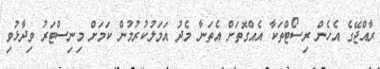
ރާއްޖޭގެ އެހެން ރިސޯޓްތަކާ އެއްގޮތަށް އެތަނާ މެދު އަމަލުކުރުމުން ކަމަށް މިނިސްޓަރު ވިދާޅުވި